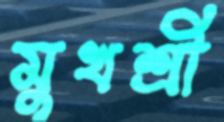
মুখশ্রী